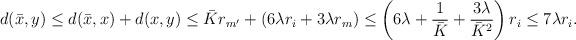
LaTeX: \begin{align*} d(\bar x, y) &\le d(\bar x, x) + d(x, y) \le \bar K r_{m'} + (6\lambda r_i + 3\lambda r_m)\le \left(6\lambda + \frac 1{\bar K} + \frac{3\lambda}{\bar K^2}\right) r_i \le 7\lambda r_i.\end{align*}